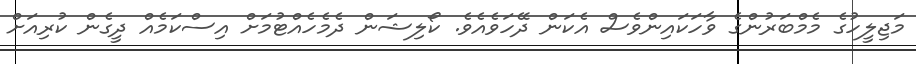
މަޖިލީހުގެ މެމްބަރުންގެ ވާހަކައިންވެސް އެކަން ދޭހަވެއެވެ. ކޯލިޝަން ދެމެހެއްޓުމަށް އިސްކަމެއް ދީގެން ކުރިއަށް